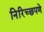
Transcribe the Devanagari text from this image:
निरिच्छपणे